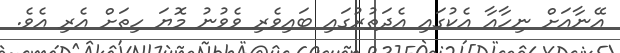
އޭނާއަށް ނިހާއާ އެކުގައި އެދަތުރުގައި ބައިވެރި ވެވުނު މޮޔަ ހިތަށް އެރި އެވެ.